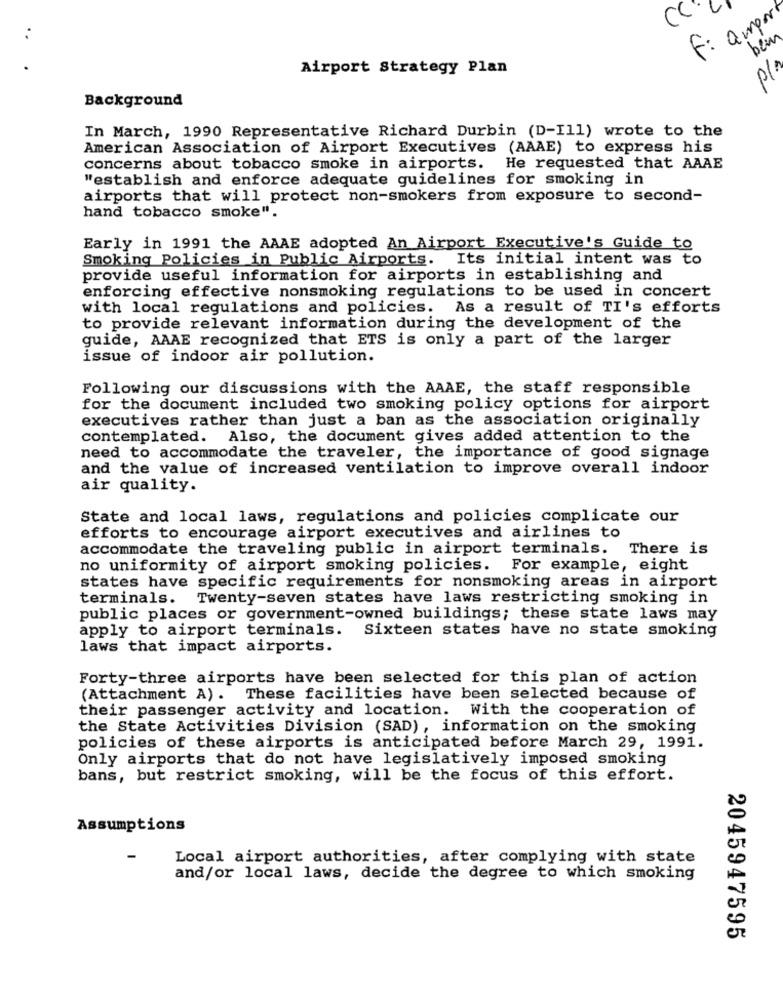
CC
ampor
bem
F:
Airport Strategy Plan
p/A
Background
In March, 1990 Representative Richard Durbin (D-Ill) wrote to the
American Association of Airport Executives (AAAE) to express his
concerns about tobacco smoke in airports. He requested that AAAE
"establish and enforce adequate guidelines for smoking in
airports that will protect non-smokers from exposure to second-
hand tobacco smoke".
Early in 1991 the AAAE adopted An Airport Executive's Guide to
Smoking Policies in Public Airports. Its initial intent was to
provide useful information for airports in establishing and
enforcing effective nonsmoking regulations to be used in concert
with local regulations and policies. As a result of TI's efforts
to provide relevant information during the development of the
guide, AAAE recognized that ETS is only a part of the larger
issue of indoor air pollution.
Following our discussions with the AAAE, the staff responsible
for the document included two smoking policy options for airport
executives rather than just a ban as the association originally
contemplated. Also, the document gives added attention to the
need to accommodate the traveler, the importance of good signage
and the value of increased ventilation to improve overall indoor
air quality.
State and local laws, regulations and policies complicate our
efforts to encourage airport executives and airlines to
accommodate the traveling public in airport terminals. There is
no uniformity of airport smoking policies. For example, eight
states have specific requirements for nonsmoking areas in airport
terminals. Twenty-seven states have laws restricting smoking in
public places or government-owned buildings; these state laws may
apply to airport terminals. Sixteen states have no state smoking
laws that impact airports.
Forty-three airports have been selected for this plan of action
(Attachment A). These facilities have been selected because of
their passenger activity and location. With the cooperation of
the State Activities Division (SAD), information on the smoking
policies of these airports is anticipated before March 29, 1991.
Only airports that do not have legislatively imposed smoking
bans, but restrict smoking, will be the focus of this effort.
Assumptions
Local airport authorities, after complying with state
and/or local laws, decide the degree to which smoking
2045947595